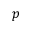
p